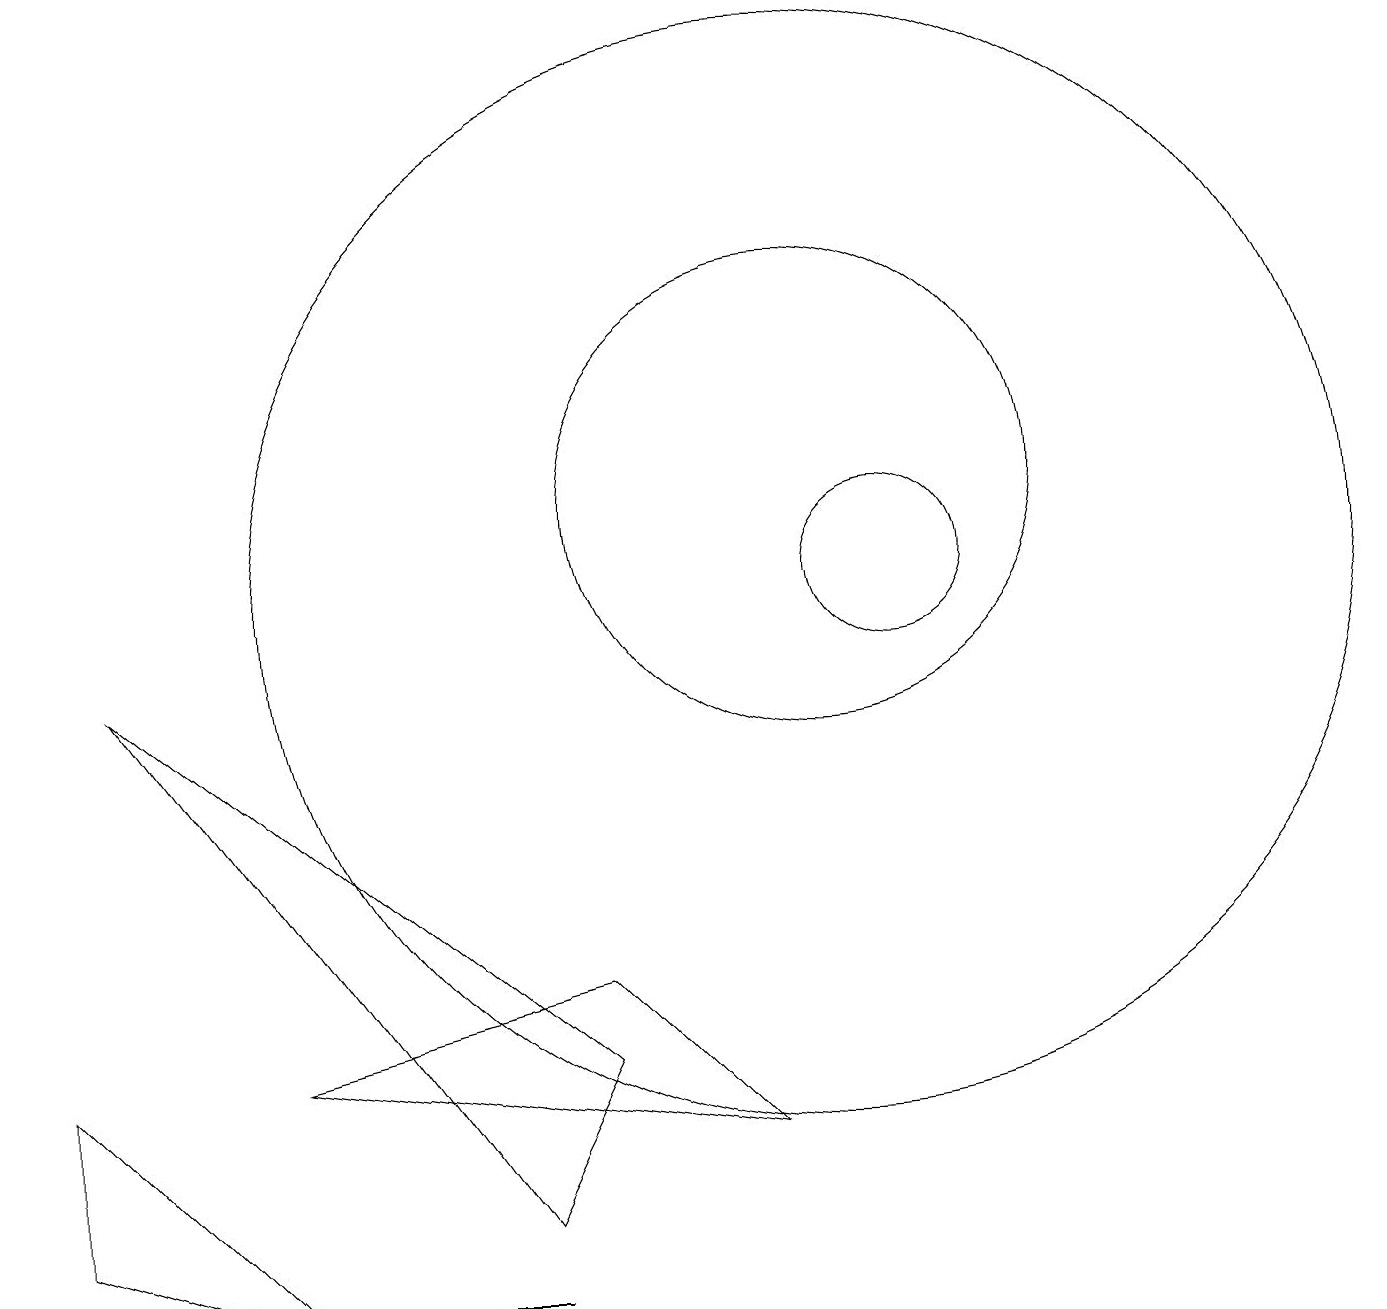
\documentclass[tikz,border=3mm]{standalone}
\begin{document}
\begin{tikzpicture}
\draw (4,1) -- (6,1) -- (5,1) -- cycle;
\draw (7,5) -- (3,4) -- (9,3) -- cycle;
\draw (7,4) -- (6,2) -- (1,9) -- cycle;
\draw (3,1) -- (0,2) -- (0,4) -- cycle;
\draw (11,10) circle (1);
\draw (10,10) circle (7);
\draw (10,11) circle (3);
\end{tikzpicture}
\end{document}